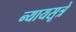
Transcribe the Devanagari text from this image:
न्यायसूत्रे